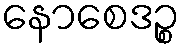
နောစေဒဉ္စ